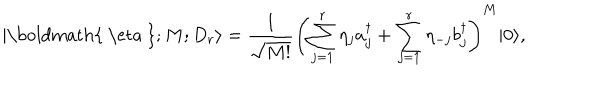
| \mathrm { \boldmath { ~ \ e t a ~ } } ; M ; D _ { r } \rangle = { \frac { 1 } { \sqrt { M ! } } } \left( \sum _ { j = 1 } ^ { r } \eta _ { j } a _ { j } ^ { \dagger } + \sum _ { j = 1 } ^ { r } \eta _ { - j } b _ { j } ^ { \dagger } \right) ^ { M } | 0 \rangle ,